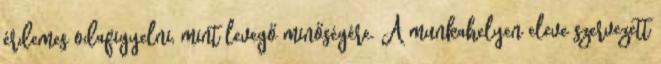
érdemes odafigyelni, mint levegő minőségére. A munkahelyen eleve szervezett